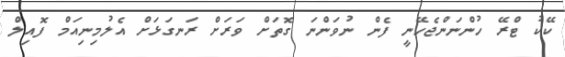
ކޭކު ޓްރޭ ހުންނަންޖެހޭނީ ފެން ނުވަންނަ ގޮތަށް ވަރަށް ރަނގަޅަށް އެލުމިނިއަމް ފޮއިލް